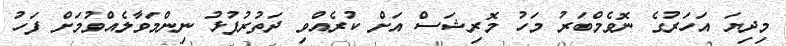
މިދިޔަ އަހަރުގެ ނޮވެމްބަރު މަހު މޮރިޝަސް އަށް ކުރެއްވި ދަތުރުފުޅު ނިންމަވާލެއްވުމަށް ފަހު